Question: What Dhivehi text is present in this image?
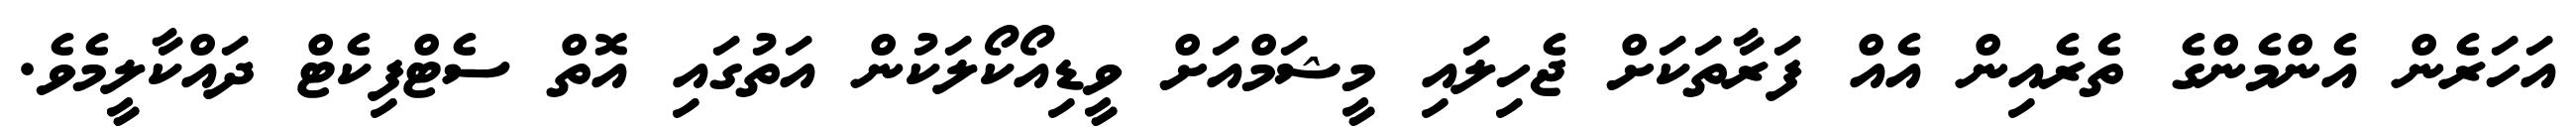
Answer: އަހަރެން އެންމެންގެ ތެރެއިން އެއް ފަރާތަކަށް ޖެހިލައި މީޝަމްއަށް ވީޑިއޯކޯލަކުން އަތުގައި އޮތް ސެޓްފިކެޓް ދައްކާލީމެވެ.